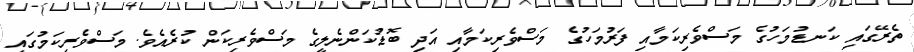
ތެރޭގައި ކަނޑުމަހުގެ މަސްވެރިކަމާއި ފަރުމަހުގެ މަސްވެރިކަމާއި އަދި ބޮޑުކަންނެލީގެ މަސްވެރިކަން ކުރެއެވެ. މަސްވެރިކަމުގައި